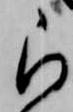
被